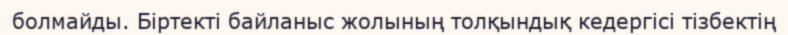
болмайды. Біртекті байланыс жолының толқындық кедергісі тізбектің